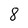
Character: 8